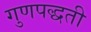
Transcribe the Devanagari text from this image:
गुणपद्धती